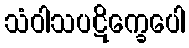
သံဝါသပဋိက္ခေပေါ